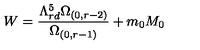
W = \frac { \Lambda _ { r d } ^ { 5 } \Omega _ { ( 0 , r - 2 ) } } { \Omega _ { ( 0 , r - 1 ) } } + m _ { 0 } M _ { 0 }